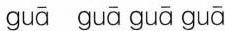
guā guā guā guā